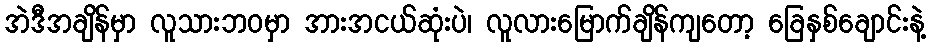
အဲဒီအချိန်မှာ လူသားဘဝမှာ အားအငယ်ဆုံးပဲ၊ လူလားမြောက်ချိန်ကျတော့ ခြေနှစ်ချောင်းနဲ့